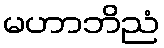
မဟာဘိညံ